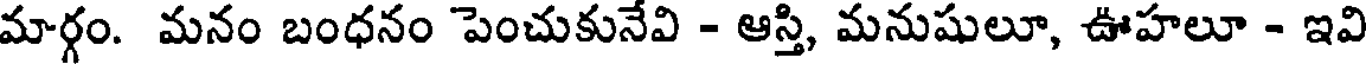
మార్గం. మనం బంధనం పెంచుకునేవి - ఆస్తి, మనుషులూ, ఊహలూ - ఇవి